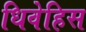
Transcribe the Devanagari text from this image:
धिवेहिस